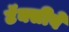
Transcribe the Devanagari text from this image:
टॅक्सीवे